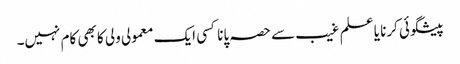
پیشگوئی کرنا یا علم غیب سے حصہ پانا کسی ایک معمولی ولی کا بھی کام نہیں۔